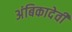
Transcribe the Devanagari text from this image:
अंबिकादेवी